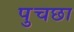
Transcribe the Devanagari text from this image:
पुचछा